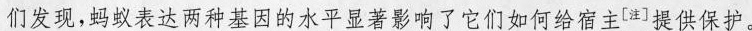
们发现，蚂蚁表达两种基因的水平显著影响了它们如何给宿主^{[注]}提供保护。